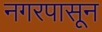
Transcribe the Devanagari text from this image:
नगरपासून